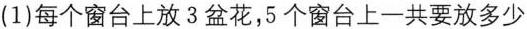
(1)每个窗台上放3盆花，5个窗台上一共要放多少